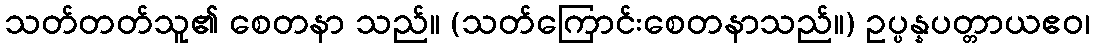
သတ်တတ်သူ၏ စေတနာ သည်။ (သတ်ကြောင်းစေတနာသည်။) ဥပ္ပန္နပတ္တာယဧဝ၊